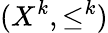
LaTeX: (X^{k},\leq^{k})